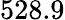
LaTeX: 528.9